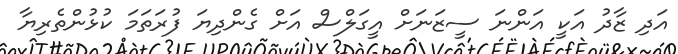
އަދި ޒާދު އަކީ އަންނަ ސީޒަނަށް އީގަލްސް އަށް ގެންދިޔަ ފުރަތަމަ ކުޅުންތެރިޔާ